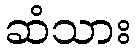
ဆံသား